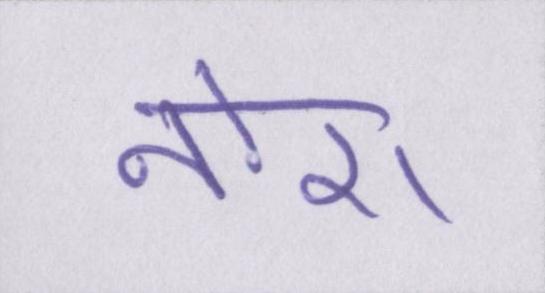
नोरा